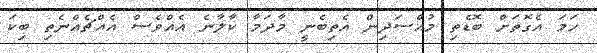
ހަމަ އެގޮތަށް ބޮޑެތި މުއްސަދިން އެތިބެނީ މާދަމާ ކާލާނެ އެއްވެސް އެއްޗެއްނެތި ބިކަ